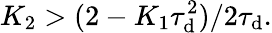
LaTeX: K_{2}>(2-K_{1}\tau_{\mathrm{d}}^{2})/2\tau_{\mathrm{d}}.